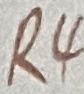
Text: R4